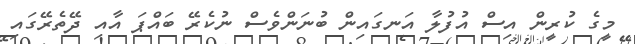
މީގެ ކުރީން އިސް އުފުލާ އަނގައިން ބުނަންވެސް ނުކެރޭ ބައްޕަ އާއި ދޭތެރޭގައި